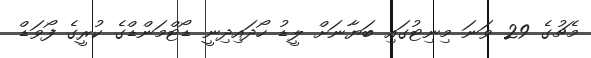
މެޗުގެ 29 ވަނަ މިނިޓުގައި ބަޔާނަށް ލީޑު ހޯދައިދިނީ ޑޯޓްމަންޑްގެ ކުރީގެ ފޯވަޑް